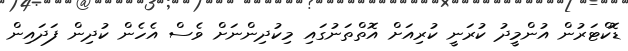
ޑޮކްޓަރުން އުންމީދު ކުރަނީ ކުރިއަށް އޮތްތަނުގައި މިކުދިންނަށް ވެސް އެހެން ކުދިން ފަދައިން